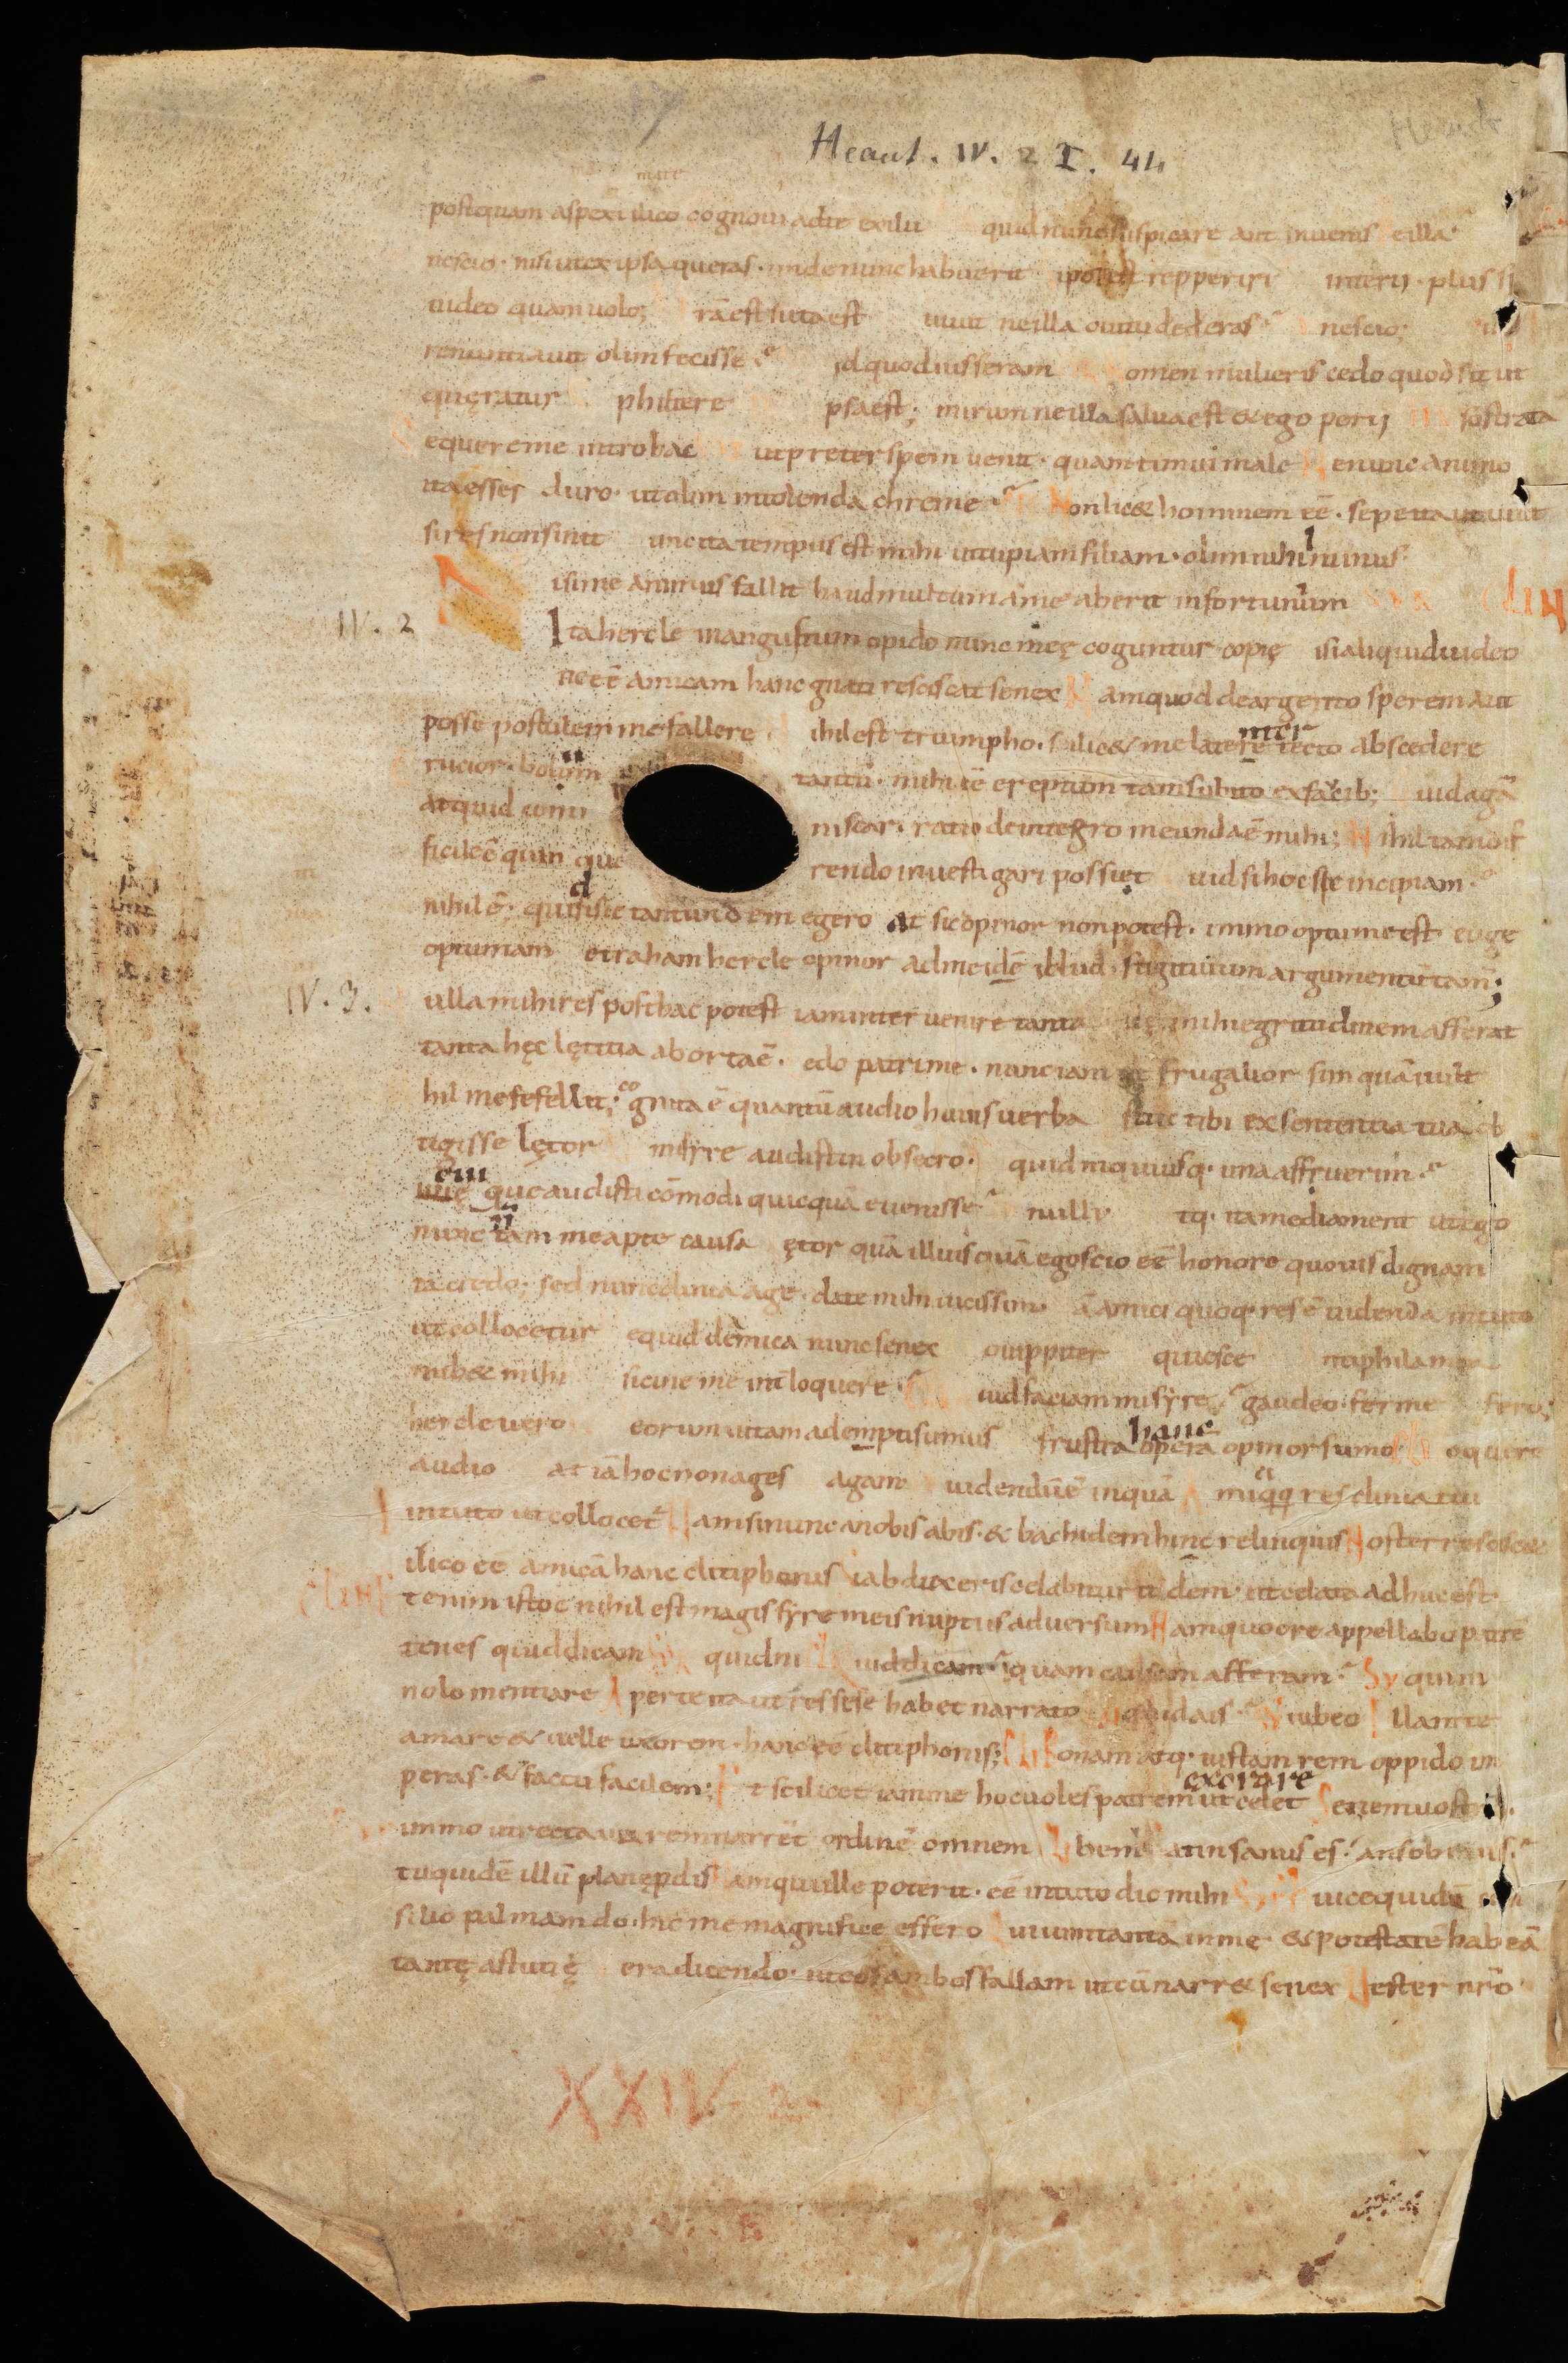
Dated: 950–999